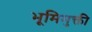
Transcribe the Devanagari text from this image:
भूमिमुक्ती